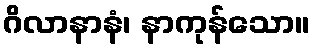
ဂိလာနာနံ၊ နာကုန်သော။